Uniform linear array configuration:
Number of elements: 4
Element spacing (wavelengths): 0.25
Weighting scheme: binomial
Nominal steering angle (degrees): -15
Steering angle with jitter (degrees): -13.446
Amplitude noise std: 0.05
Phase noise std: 0.05

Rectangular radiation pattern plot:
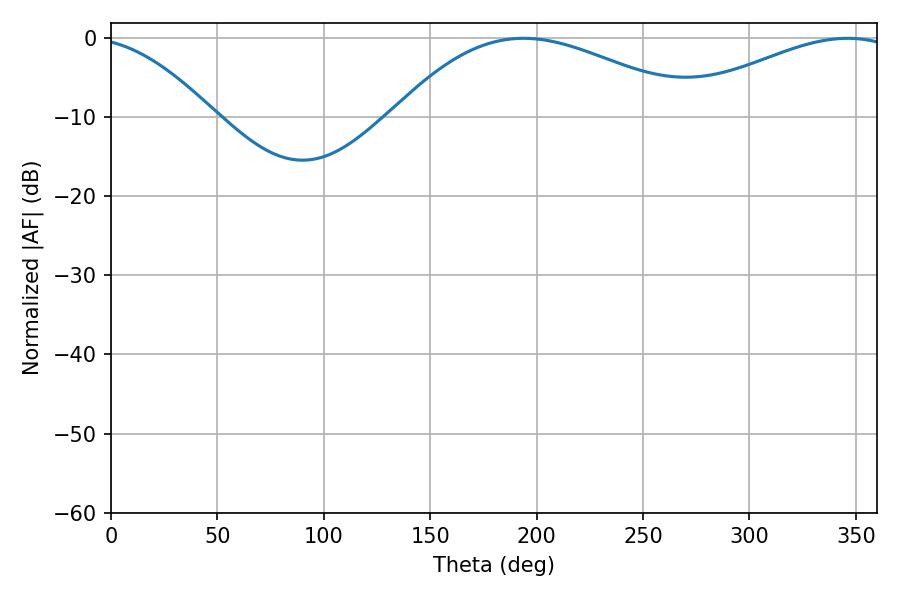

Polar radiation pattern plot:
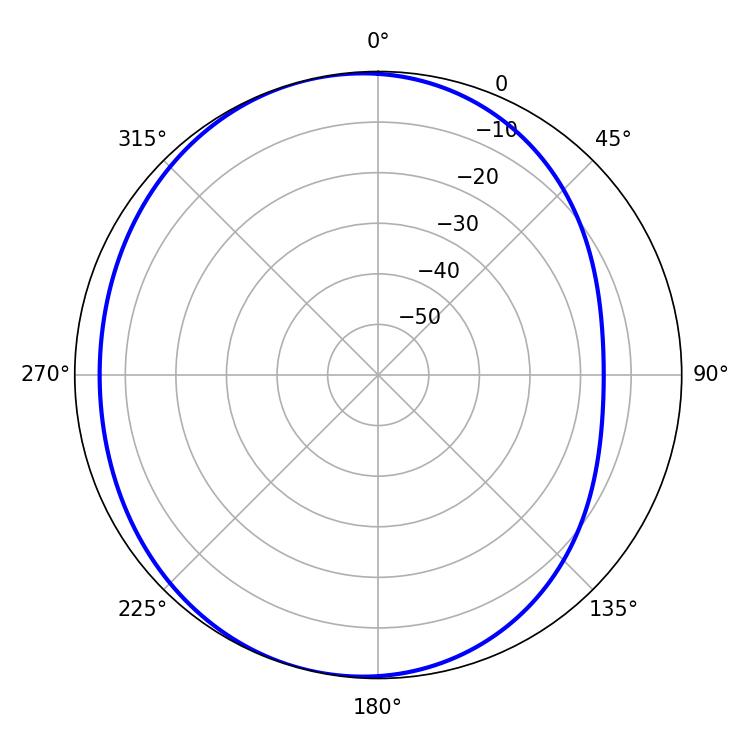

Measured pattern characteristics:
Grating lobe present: FALSE
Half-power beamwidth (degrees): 77.94
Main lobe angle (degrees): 193.86